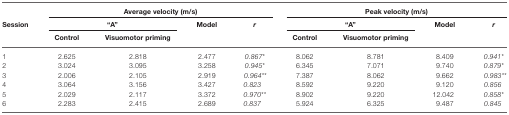
<table><thead><tr><td></td><td colspan="4"><b>Average velocity (m/s)</b></td><td colspan="4"><b>Peak velocity (m/s)</b></td></tr><tr><td><b>Session</b></td><td colspan="2"><b>“A”</b></td><td><b>Model</b></td><td><b><i>r</i></b></td><td colspan="2"><b>“A”</b></td><td><b>Model</b></td><td><b><i>r</i></b></td></tr><tr><td></td><td><b>Control</b></td><td><b>Visuomotor priming</b></td><td></td><td></td><td><b>Control</b></td><td><b>Visuomotor priming</b></td><td></td><td></td></tr></thead><tbody><tr><td>1</td><td>2.625</td><td>2.818</td><td>2.477</td><td><i>0.867*</i></td><td>8.062</td><td>8.781</td><td>8.409</td><td><i>0.941*</i></td></tr><tr><td>2</td><td>3.024</td><td>3.095</td><td>3.258</td><td><i>0.945*</i></td><td>6.345</td><td>7.071</td><td>9.740</td><td><i>0.879*</i></td></tr><tr><td>3</td><td>2.006</td><td>2.105</td><td>2.919</td><td><i>0.964**</i></td><td>7.387</td><td>8.062</td><td>9.662</td><td><i>0.983**</i></td></tr><tr><td>4</td><td>3.064</td><td>3.156</td><td>3.427</td><td><i>0.823</i></td><td>8.592</td><td>9.220</td><td>9.120</td><td><i>0.856</i></td></tr><tr><td>5</td><td>2.029</td><td>2.117</td><td>3.372</td><td><i>0.970**</i></td><td>8.902</td><td>9.220</td><td>12.042</td><td><i>0.858*</i></td></tr><tr><td>6</td><td>2.283</td><td>2.415</td><td>2.689</td><td><i>0.837</i></td><td>5.924</td><td>6.325</td><td>9.487</td><td><i>0.845</i></td></tr></tbody></table>